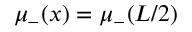
\mu _ { - } ( x ) = \mu _ { - } ( L / 2 )